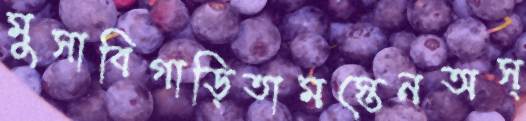
মুসাবিগাড়িতামস্তেনঅস্